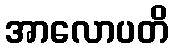
အာလောပတိ